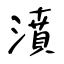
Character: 濆